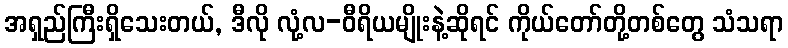
အရှည်ကြီးရှိသေးတယ်, ဒီလို လုံ့လ-ဝီရိယမျိုးနဲ့ဆိုရင် ကိုယ်တော်တို့တစ်တွေ သံသရာ